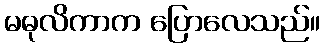
မဓုလိကာက ပြောလေသည်။